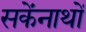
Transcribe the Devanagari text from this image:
सकेंनाथों